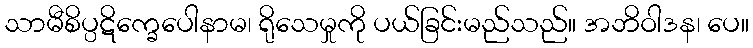
သာမီစိပ္ပဋိက္ခေပေါနာမ၊ ရိုသေမှုကို ပယ်ခြင်းမည်သည်။ အဘိဝါဒန၊ ပေ။